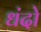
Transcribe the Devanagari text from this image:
धंदो